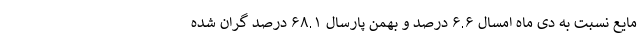
مایع نسبت به دی ماه امسال ۶.۶ درصد و بهمن پارسال ۶۸.۱ درصد گران شده